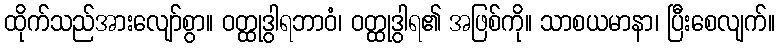
ထိုက်သည်အားလျော်စွာ။ ဝတ္ထုဒွါရဘာဝံ၊ ဝတ္ထုဒွါရ၏ အဖြစ်ကို။ သာစယမာနာ၊ ပြီးစေလျက်။